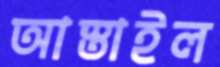
আস্তাইল